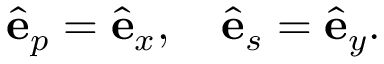
\begin{array} { r } { \hat { \bf e } _ { p } = \hat { \bf e } _ { x } , \quad \hat { \bf e } _ { s } = \hat { \bf e } _ { y } . } \end{array}